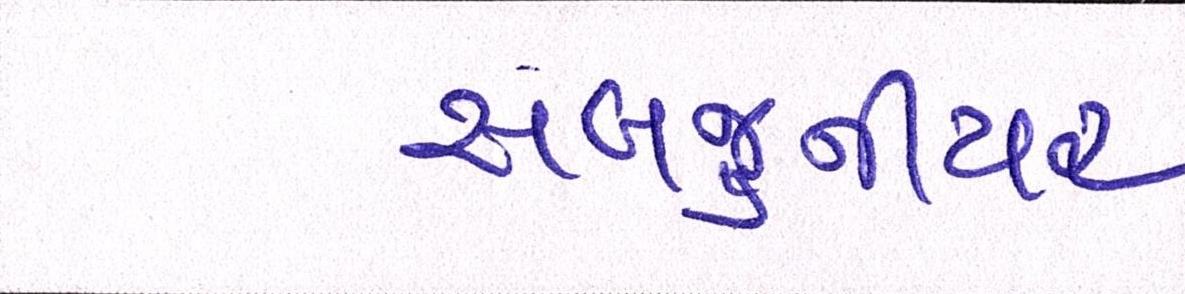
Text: સબજુનીયર